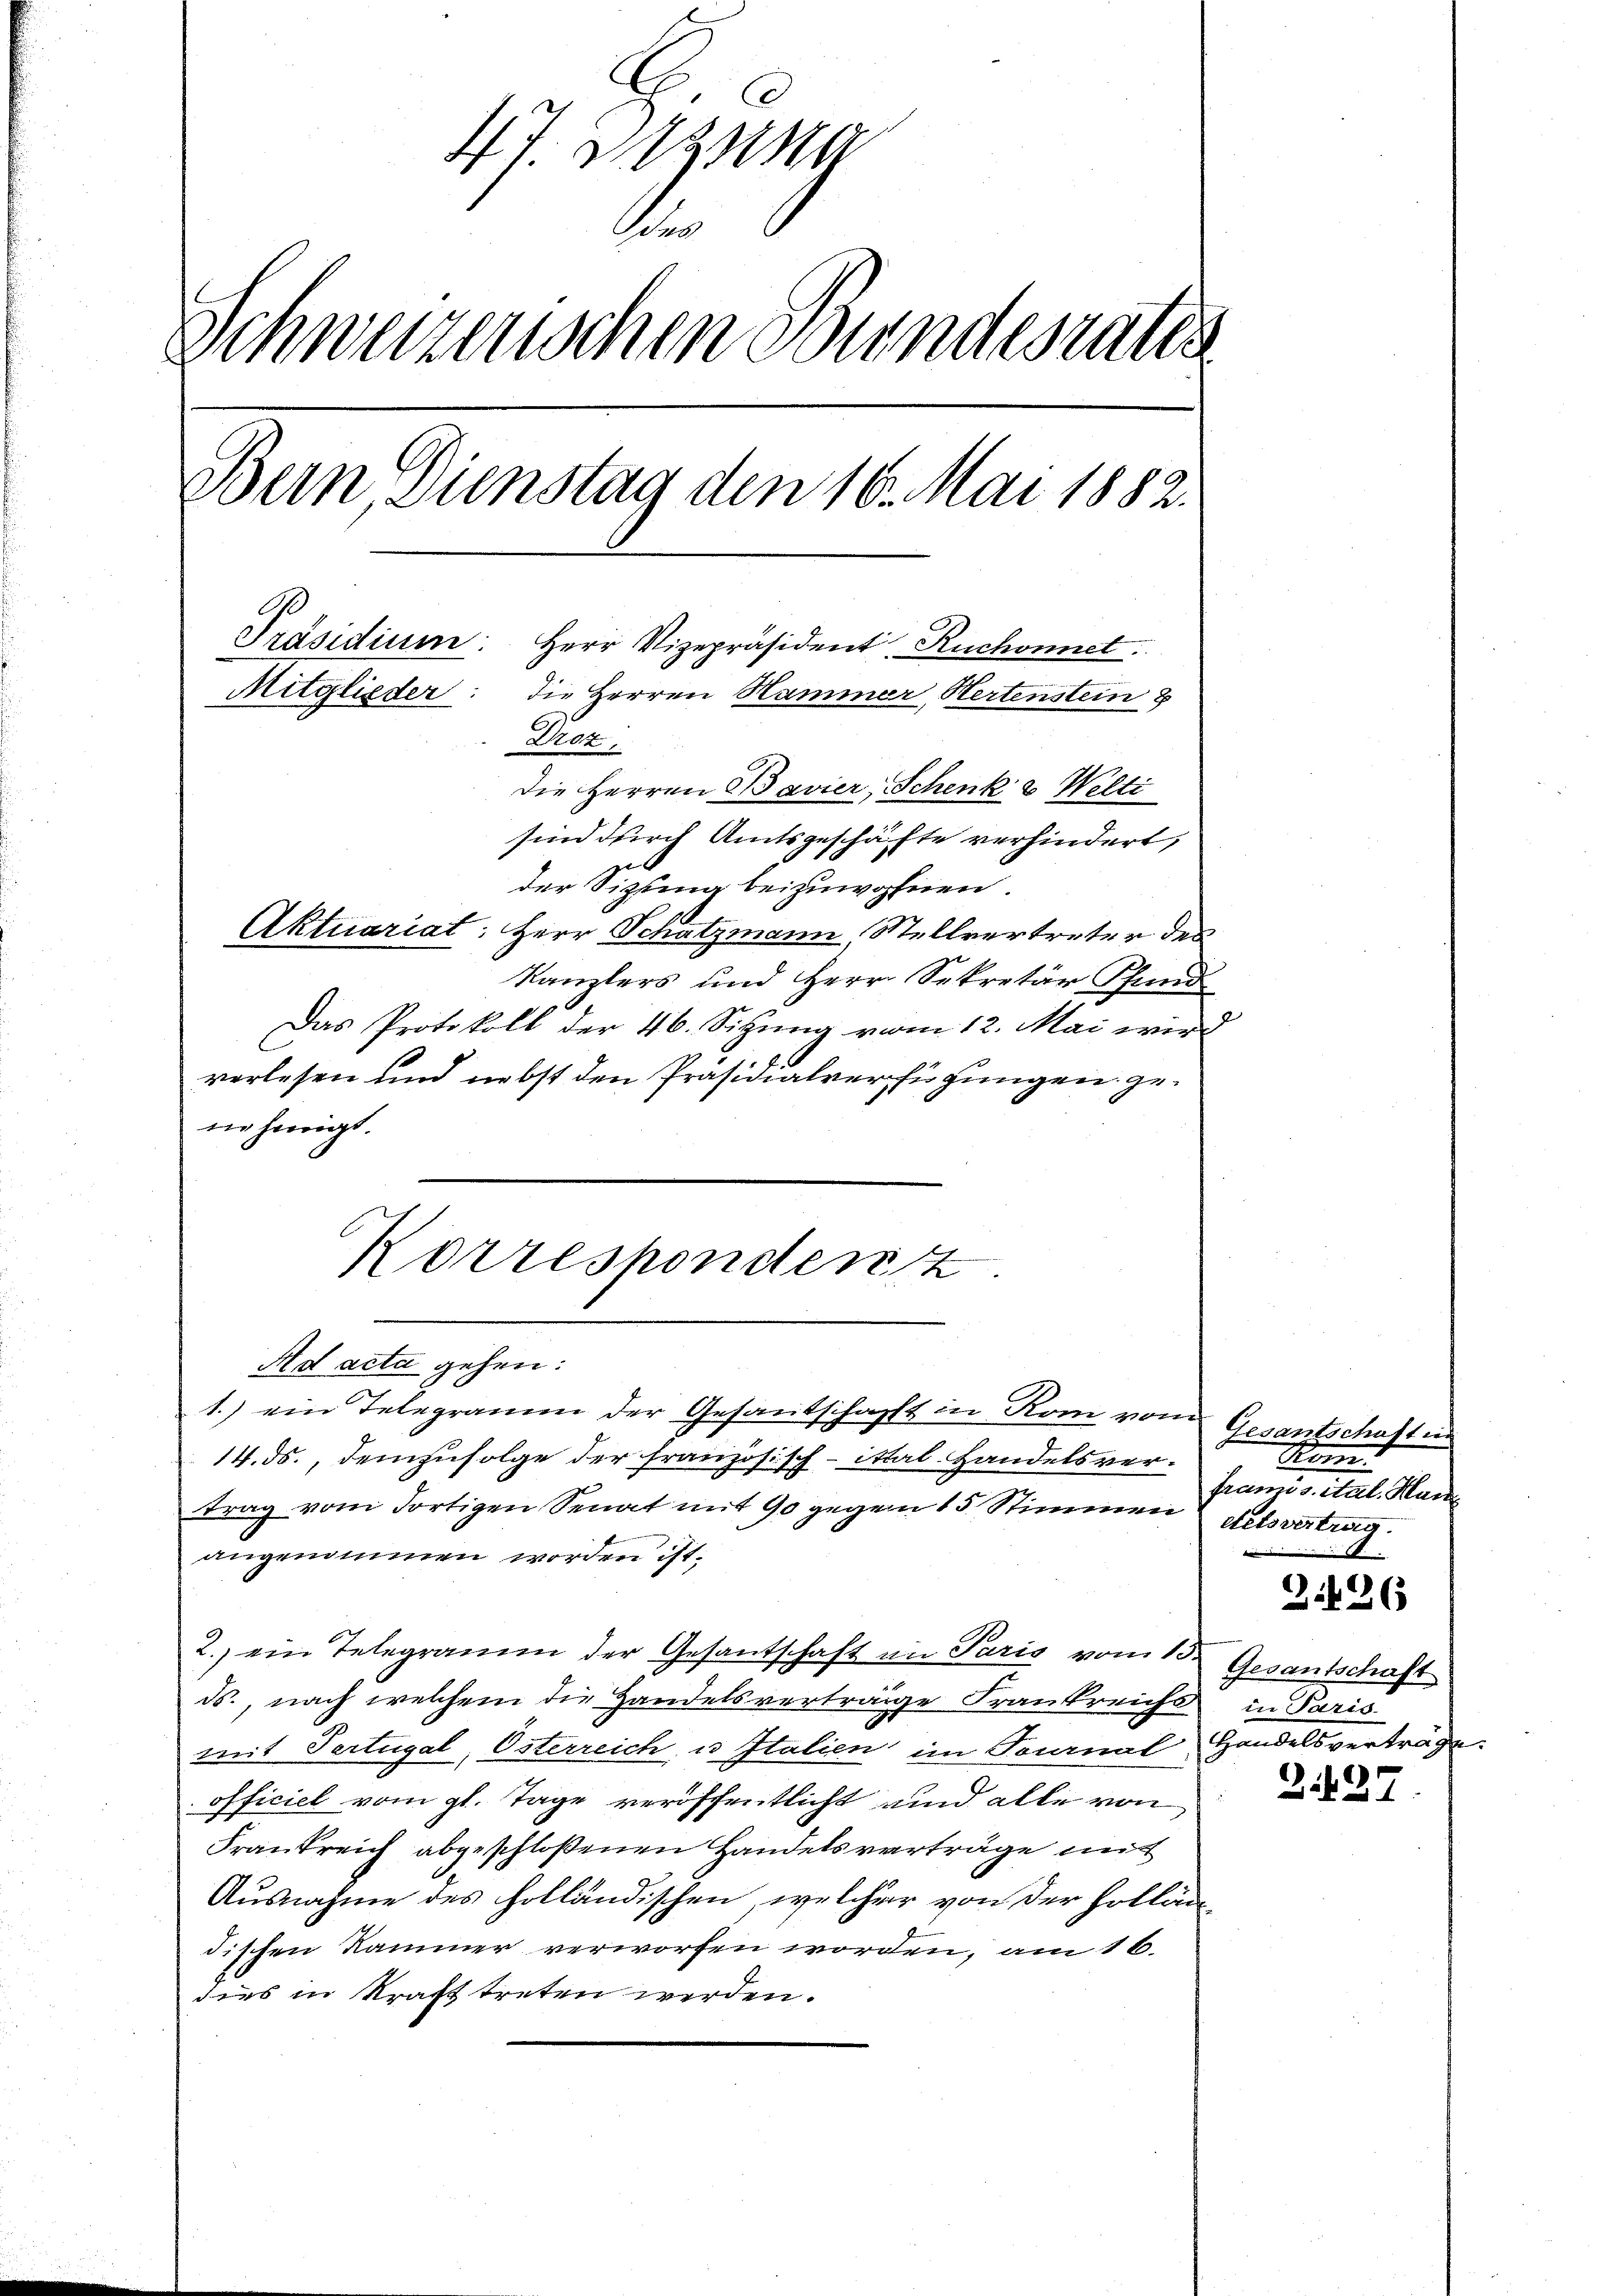
47. Da
.
Schweizerischen Bundesrates
Bern, Dienstag den 16. Mai 1882.
Präsidium:
Herr Vizepräsident, Ruchonnet.
Mitglieder: die Herren Hammer, Hertenstein 8
Droz.
die Herren Bavier, Schenk a Welti
sind durch Amtsgeschäfte verhindert,
der Sipling beizuwohnen.
Aktuariat: Herr Schatzmann, Stellvertreter des

Kanzlers und Herr Sekretär Pfund
Das Protokoll der 46. Sitzung vom 12. Mai wird
vorlesen und nebst den Präsidialverfügungen genehmigt.
Ad acta gehen:
1.) ein Telegramm der Gesandschafft in Rom vom
14. ds., demzufolge der französisch-ittal Handelsvertrag vom dortigen Senat mit 90 gegen 15 Stimmen Felsvertrag
angenommen worden ist.
2. ein Telegramm der Gesantschaft im Paris vom 13. Gesantschaft
ds. nach welchem die Handelsverträge Frankreichs in Paris
mit Tertugal, Österreich, u Italien im Tournal Handelsverträge
officiel vom gl. Tage veröffentlicht und alle von
Frankreich abgeschloßenen Handelsverträge mitt
Ausnahme des Holländischen, welcher von der Holländischen Kammer verworfen worden, am 16.
dies in kraft treten werden.

Korresponden z

Gesantschaften
Kam
framis, ital. Han
A

2126

Z.127.